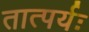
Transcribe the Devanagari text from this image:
तात्पर्यः